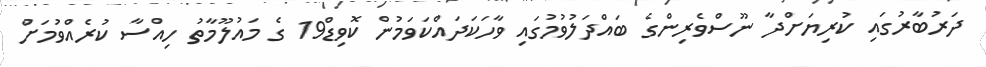
ދަރުބާރުގައި ކުރިޔަށްދާ ނޫސްވެރިންގެ ބައްދަލުވުމުގައި ވާހަކަދައްކަވަމުން ކޮވިޑް19 ގެ މައުލޫމާތު ހިއްސާ ކުރެއްވުމަށް